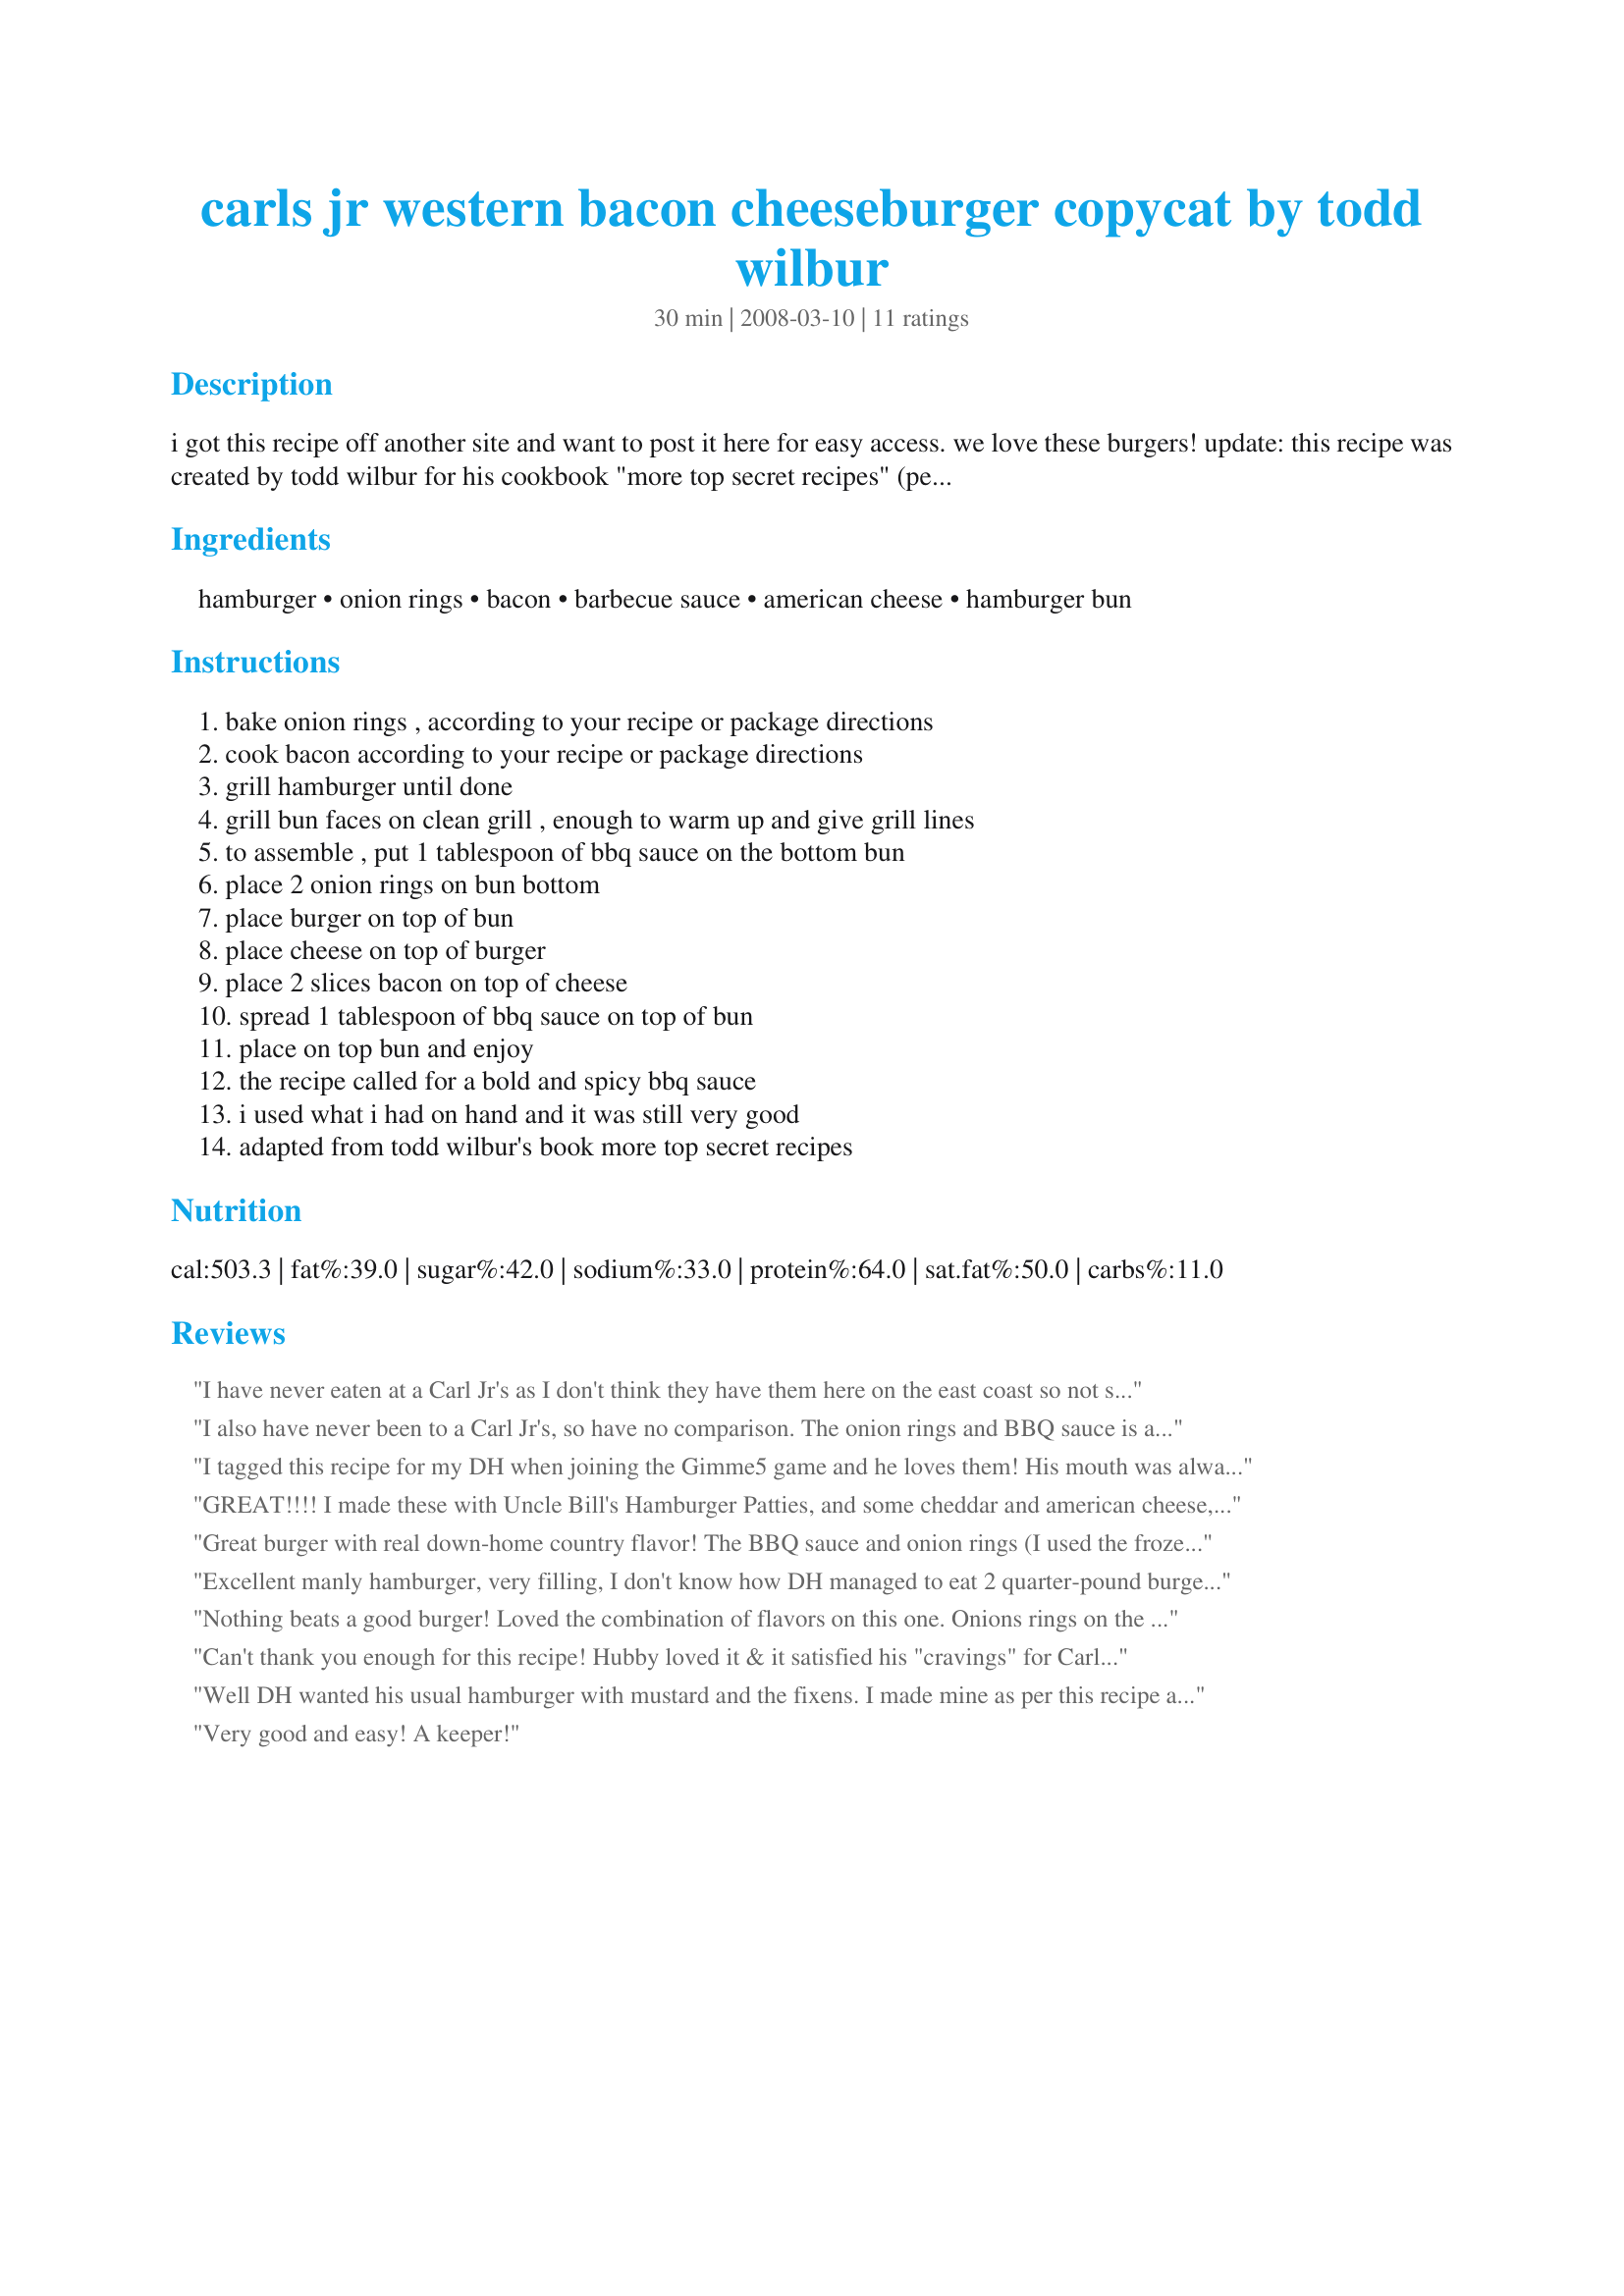
carls jr western bacon cheeseburger copycat by todd wilbur
Preparation time: 30 minutes

i got this recipe off another site and want to post it here for easy access. we love these burgers!

update: this recipe was created by todd wilbur for his cookbook "more top secret recipes" (penguin random house 1994). www.topsecretrecipes.com

Ingredients:
hamburger, onion rings, bacon, barbecue sauce, american cheese, hamburger bun

Steps:
bake onion rings , according to your recipe or package directions, cook bacon according to your recipe or package directions, grill hamburger until done, grill bun faces on clean grill , enough to warm up and give grill lines, to assemble , put 1 tablespoon of bbq sauce on the bottom bun, place 2 onion rings on bun bottom, place burger on top of bun, place cheese on top of burger, place 2 slices bacon on top of cheese, spread 1 tablespoon of bbq sauce on top of bun, place on top bun and enjoy, the recipe called for a bold and spicy bbq sauce, i used what i had on hand and it was still very good, adapted from todd wilbur's book more top secret recipes

Reviews:
I have never eaten at a Carl Jr's as I don't think they have them here on the east coast so not sure if it tastes like the original or not. These were really good and easy to make. I followed the recipe exactly as written other then I made six of them. Everyone enjoyed them even the kids (I thought they might complain about the onion rings but they didn't) I made the burgers on the grill as that is the way we like them. Made for Fall PAC 2008.
I also have never been to a Carl Jr's, so have no comparison. The onion rings and BBQ sauce is a novel idea. Great burger with a wonderful combination of flavors. (I used Honey Hickory Smoked BBQ sauce).
I tagged this recipe for my DH when joining the Gimme5 game and he loves them! His mouth was always full so he had to show me 5 fingers! LOL For the burgers I made my Recipe #297829 using one pound of ground round, 1/2 packet of onion soup mix, and 1/4 cup of water. Also made tinkerbelle79's Recipe #157974 for the bbq sauce. The only thing I did differently was to add the sauce over the burger so the bun wouldnt get soggy quickly. Very nice smoky and onion flavor! Thank you so much CGM for posting this recipe! We dont have a Carl Jrs but this is a wonderful burger.
GREAT!!!! I made these with Uncle Bill's Hamburger Patties, and some cheddar and american cheese, with lettuce, tomato, and extra bacon. WOW!!!!! Hands down the best burgers.
Great burger with real down-home country flavor! The BBQ sauce and onion rings (I used the frozen, breaded kind) are a great combination. Add the bacon and cheese and you've got a burger for the heartiest appetite - thanks for sharing your recipe! Made for the Best of 2008 event
Excellent manly hamburger, very filling, I don't know how DH managed to eat 2 quarter-pound burgers with all these toppings (except he skipped his usual morning pastry). On a tip from a cooking show (Bobby Flay's?), I made a slight indentation in the middle of each hamburger so that the hamburgers would cook evenly (good idea!). Couldn't find "Bold and Spicy" and wasn't sure we wanted "Spicy", so used Baby Ray's Barbecue Sauce, which held its own with all these ingredients. By grilling both sides of each half of the hamburger bun, a thick barbecue sauce won't result in a soggy bottom, if it is added just before serving. My photos are missing the bacon which I added belatedly just before we ate; I had cooked 2 bacon slices for each burger, but found that one slice broken in half was more than enough for one serving. Thanks for posting, Color Guard Mom, I don't know if it's just like Carl Jr's, but it was a great burger for hearty appetites. Made for "KateL's Easy Meals" for Potluck Tag.
Nothing beats a good burger! Loved the combination of flavors on this one. Onions rings on the burger were a novel touch and of course bacon makes everything taste better! For the BBQ sauce I used Recipe #262151 by Dreamer in Ontario.
Can't thank you enough for this recipe! Hubby loved it & it satisfied his "cravings" for Carl's Jr! I'm trying to duplicate some of his favorites at home to cut out fat/calories & also save a little money :-). I used a hot & spicy BBQ sauce, an 8oz extra lean burger patty, turkey bacon & pepperjack cheese. I also used a "wheat" hamburger bun that I didn't grill; just warmed it up. He really enjoyed it & asked for it again-a big plus since "imitations" aren't always easy to do! Thank u so much for sharing!
Well DH wanted his usual hamburger with mustard and the fixens. I made mine as per this recipe and absolutely loved it. I never eat a whole burger, and DH decided mine was much better and finished it off for me. Thanks for sharing this fantastic burger. :)
Very good and easy! A keeper!
Delicious! The only change I made from the instructions is that we piled on french-fried onions instead of using large onion rings. The flavors all went together really well. We'll definitely make again!
